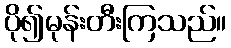
ပို၍မုန်းတီးကြသည်။